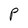
Character: P